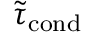
{ \widetilde { \tau } _ { \mathrm { c o n d } } }